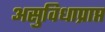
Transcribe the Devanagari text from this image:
असुविधाप्राप्त